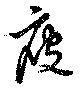
痩